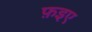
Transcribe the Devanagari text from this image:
फ़इए